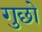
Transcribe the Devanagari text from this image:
गुछो